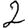
Digit: 2